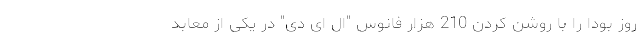
روز بودا را با روشن کردن 210 هزار فانوس "ال ای دی" در یکی از معابد